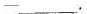
-___.